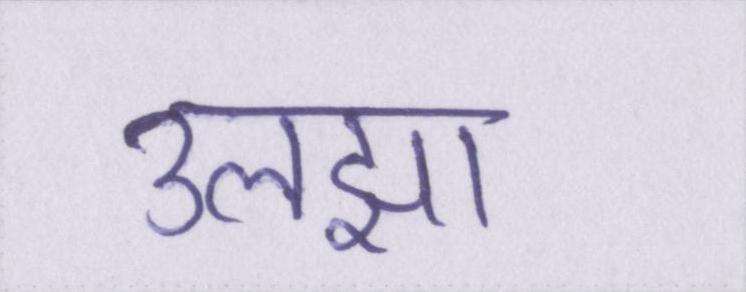
उलझा